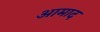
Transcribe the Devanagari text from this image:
आमाद